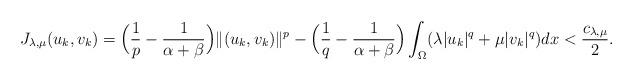
LaTeX: \begin{align*} J_{\lambda,\mu}(u_k,v_k)= \Big(\frac{1}{p}-\frac{1}{\alpha+\beta}\Big)\|(u_k,v_k)\|^p -\Big(\frac{1}{q}-\frac{1}{\alpha+\beta}\Big)\int_{\Omega}(\lambda|u_{k}|^q+\mu|v_{k}|^q)dx <\frac{c_{\lambda,\mu}}{2}. \end{align*}